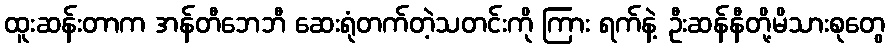
ထူးဆန်းတာက အန်တီဘေဘီ ဆေးရုံတက်တဲ့သတင်းကို ကြား ရက်နဲ့ ဦးဆန်နီတို့မိသားစုတွေ